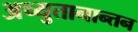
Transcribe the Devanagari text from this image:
अच्युतानान्तन